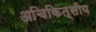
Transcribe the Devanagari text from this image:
अचिकित्सीय